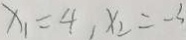
x _ { 1 } = 4 x _ { 2 } = - 3